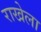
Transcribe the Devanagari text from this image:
राखेला